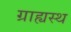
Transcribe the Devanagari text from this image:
ग्राह्यस्थ